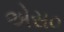
એસ૦